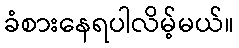
ခံစားနေရပါလိမ့်မယ်။